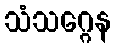
သံသဂ္ဂေန